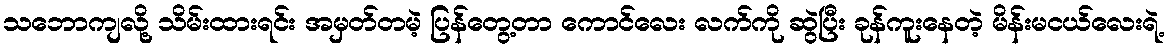
သဘောကျလို့ သိမ်းထားရင်း အမှတ်တမဲ့ ပြန်တွေ့တာ ကောင်လေး လက်ကို ဆွဲပြီး ခုန်ကူးနေတဲ့ မိန်းမငယ်လေးရဲ့